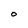
Character: O